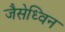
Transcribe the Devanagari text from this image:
जैसेध्विन